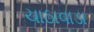
ચાઠાવાડા